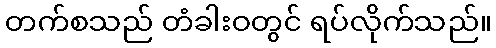
တက်စသည် တံခါးဝတွင် ရပ်လိုက်သည်။